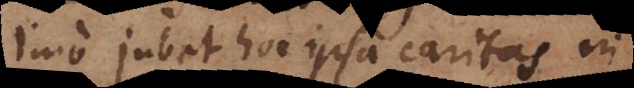
Imo jubet hoc ipsa caritas in